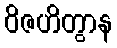
ဝိဇဟိတွာန